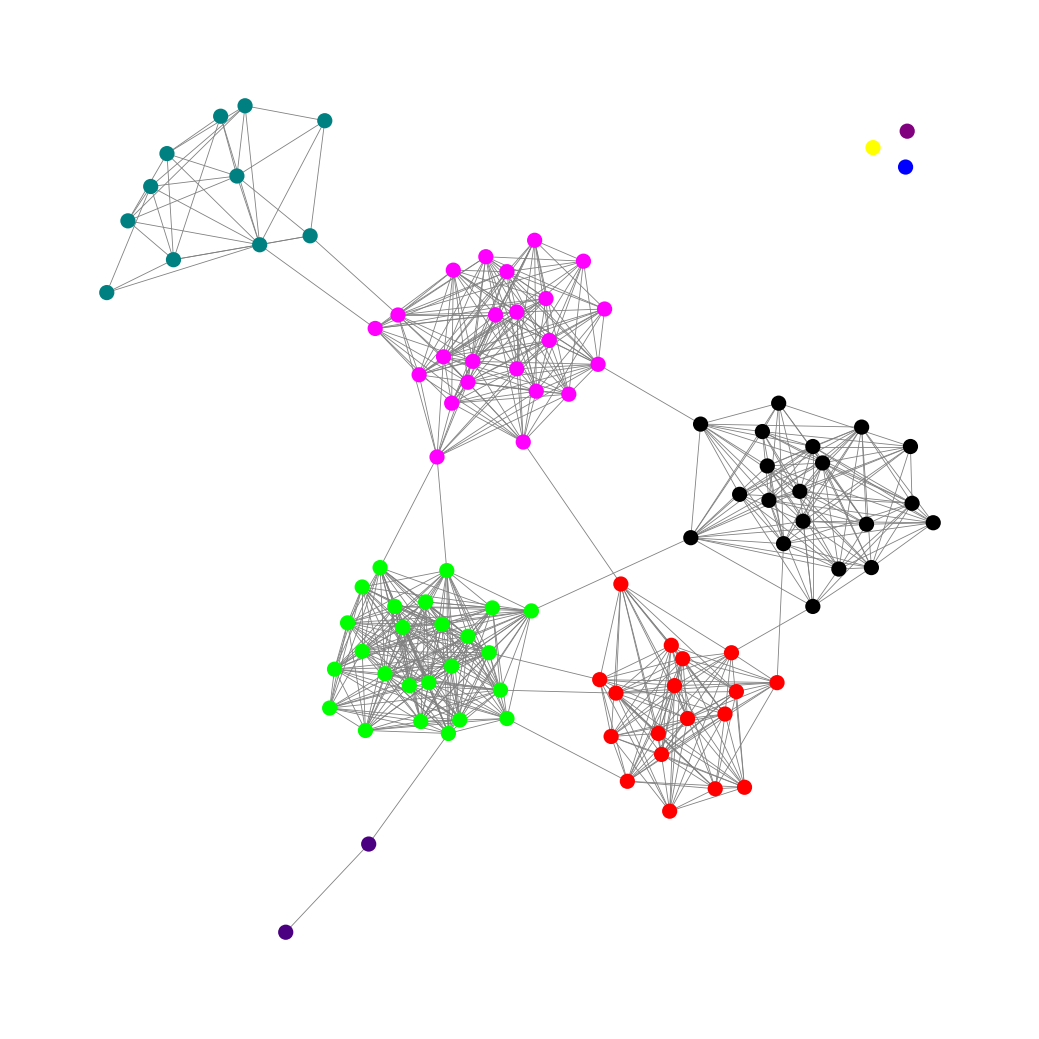
Graph connected: No
Number of connected components: 4
Number of singletons: 3
Total number of nodes: 102
Total number of edges: 680
Number of communities: 9
Community sizes:
Black: 20
Blue: 1
Fuchsia: 23
Indigo: 2
Lime: 25
Purple: 1
Red: 18
Teal: 11
Yellow: 1
Graph layout: tda
Graph generation method: erdos_renyi